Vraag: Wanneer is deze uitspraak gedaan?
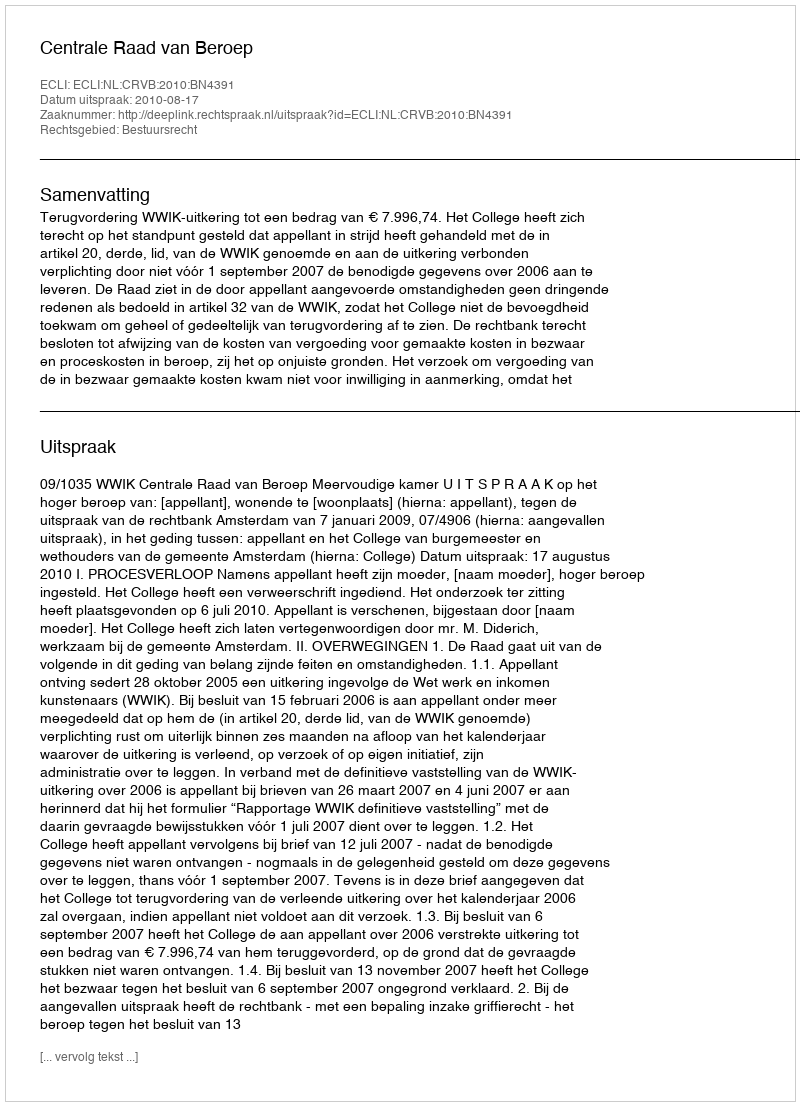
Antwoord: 2010-08-17